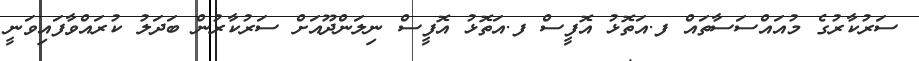
ސަރުކާރުގެ މުއައްސަސާތައް ފ.އަތޮޅު އޮފީސް ފ.އަތޮޅު އޮފީސް ނިލަންދޫއަށް ސަރުކާރުން ބަދަލު ކުރައްވާފައިވަނީ